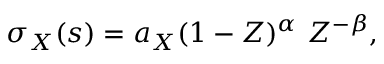
\sigma _ { X } ( s ) = a _ { X } ( 1 - Z ) ^ { \alpha } \ Z ^ { - \beta } ,